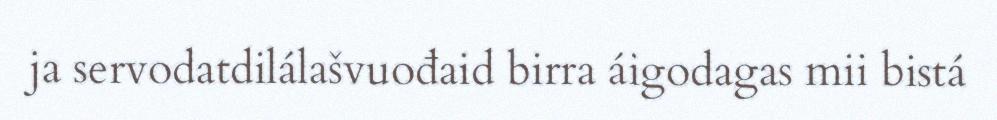
ja servodatdilálašvuođaid birra áigodagas mii bistá